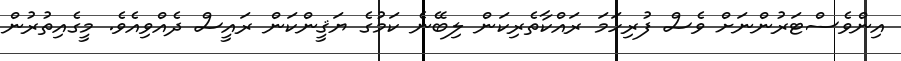
އިންވެސްޓަރުންނަށް ވެސް ފުރިހަމަ ރައްކާތެރިކަން ލިބޭނެ ކަމުގެ ޔަޤީންކަން ރައީސް ދެއްވިއެވެ. މީގެއިތުރުން